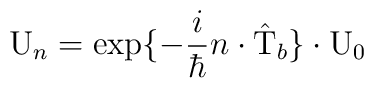
{\rm U}_n = \exp\{-\frac{i}{\hbar} n \cdot \hat{\rm T}_{b}\}\cdot {\rm U}_0